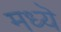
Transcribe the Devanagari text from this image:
मध्यॆ